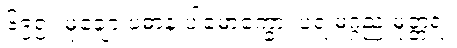
၆၉၅။ မုချော ပဓာနံ ပါမောက္ခော၊ ပရ မဂ္ဂည မုတ္တရံ။